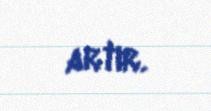
artır.